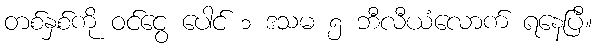
တစ်နှစ်ကို ဝင်ငွေ ပေါင် ၁ ဒသမ ၅ ဘီလီယံလောက် ရနေပြီ။